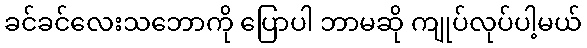
ခင်ခင်လေးသဘောကို ပြောပါ ဘာမဆို ကျုပ်လုပ်ပါ့မယ်